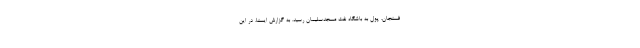
فسنجان، پول به باشگاه نفت مسجدسلیمان رسید. به گزارش ایسنا، در این